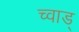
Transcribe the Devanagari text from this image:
च्वाड्